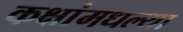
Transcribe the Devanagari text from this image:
कक्षांमधल्या